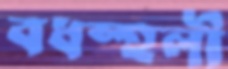
বধস্হলী